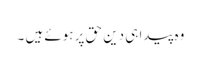
وہ پیدا ہی دین حق پر ہوئے ہیں ۔